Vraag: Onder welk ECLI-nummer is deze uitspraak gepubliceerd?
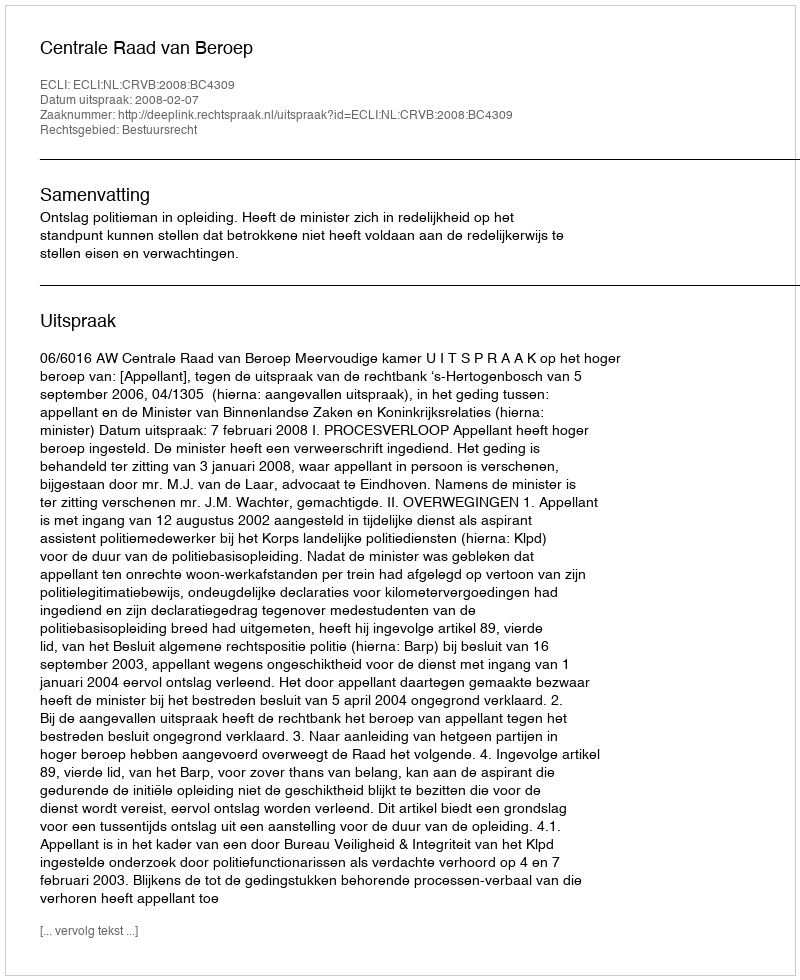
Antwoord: ECLI:NL:CRVB:2008:BC4309